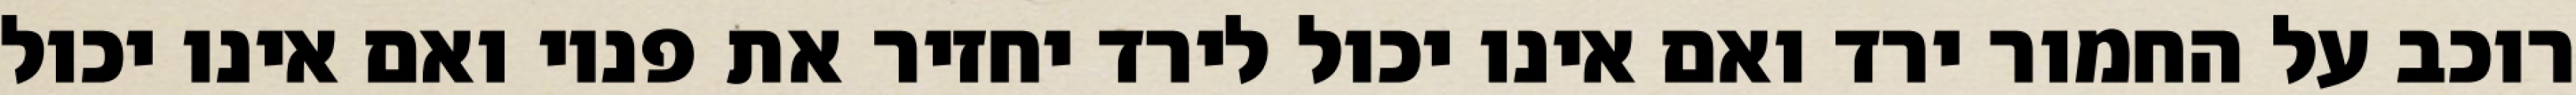
רוכב על החמור ירד ואם אינו יכול לירד יחזיר את פניו ואם אינו יכול